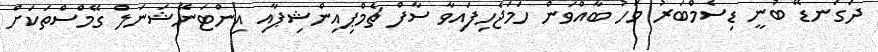
ދަގަނޑޭ ބުނީ ޑިސެމްބަރު މަހު ބާއްވަން ހަމަޖެހިފައިވާ ސާފް ޗެމްޕިއިންޝިޕާއި އިންޓަނޭޝަނަލް ގޭމްސްތަކަށް